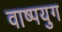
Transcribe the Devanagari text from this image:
वाष्पयुग